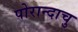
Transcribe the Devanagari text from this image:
पोरान्दाचु